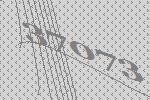
37073